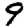
Digit: 9